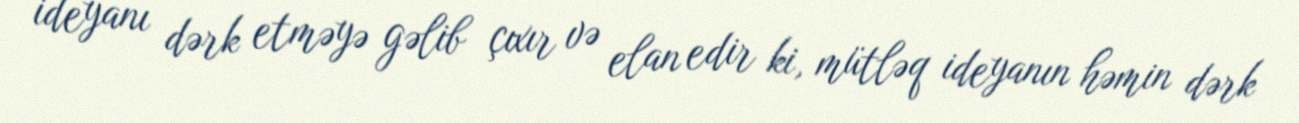
ideyanı dərk etməyə gəlib çıxır və elan edir ki, mütləq ideyanın həmin dərk